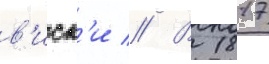
в'иск'и // В 1817